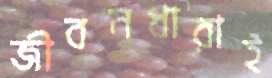
জীবনধারাই